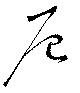
辰